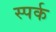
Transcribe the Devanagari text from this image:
स्पर्क